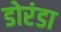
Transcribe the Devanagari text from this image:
डोरंडा